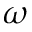
\omega